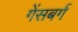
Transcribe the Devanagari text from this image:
गेंसबर्ग